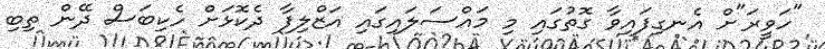
"ހަވީރަ"ށް އެނގިފައިވާ ގޮތުގައި މި މައްސަލައިގައި އަޒްލިފާ ދެކޮޅަށް ހެކިބަސް ދޭން ތިބި